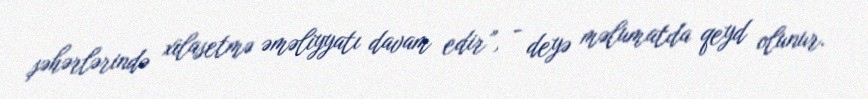
şəhərlərində xilasetmə əməliyyatı davam edir”, - deyə məlumatda qeyd olunur.